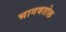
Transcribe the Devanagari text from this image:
भागवतोक्त